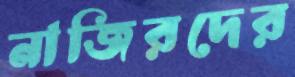
নাজিরদের